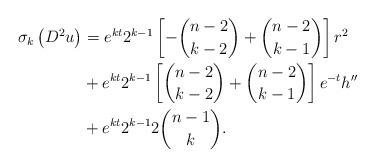
LaTeX: \begin{align*}\sigma_{k}\left( D^{2}u\right) & =e^{kt}2^{k-1}\left[ -\binom{n-2}{k-2}+\binom{n-2}{k-1}\right] r^{2}\\& +e^{kt}2^{k-1}\left[ \binom{n-2}{k-2}+\binom{n-2}{k-1}\right]e^{-t}h^{\prime\prime}\\& +e^{kt}2^{k-1}2\binom{n-1}{k}.\end{align*}